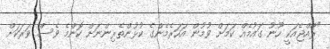
"ރާއްޖެއަކީ ހޫނު ގައުމެއް ކަމަށް ވުމުން އަހަރެމެންގެ ކުޅުންތެރިންނަށް ކޮންމެ ވެސް ވަރަކަށް